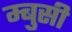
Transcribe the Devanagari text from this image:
म्बुसी